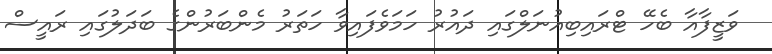
ވަޒީފާއާ ބެހޭ ޓްރައިބިއުނަލްގައި ދައުރު ހަމަވެފައިވާ ހަތަރު މެންބަރުންގެ ބަދަލުގައި ރައީސް